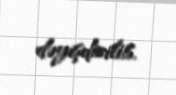
dəyişdirilib.